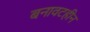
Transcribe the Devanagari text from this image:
बनावटहीन